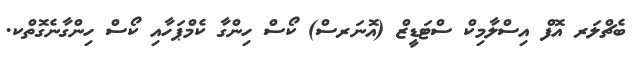
ބެޗްލަރ އޮފް އިސްލާމިކް ސްޓަޑީޒް (އޮނަރސް) ކޯސް ހިންގާ ކެމްޕަހާއި ކޯސް ހިންގާނެގޮތްކ.